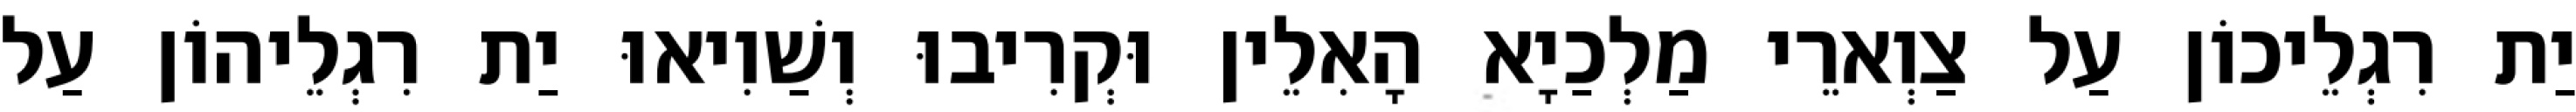
יַת רִגְלֵיכוֹן עַל צַוְארֵי מַלְכַיָא הָאִלֵין וּקְרִיבוּ וְשַׁוִיאוּ יַת רִגְלֵיהוֹן עַל